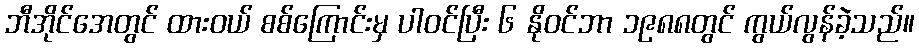
ဘီအိုင်အေတွင် ထားဝယ် စစ်ကြောင်းမှ ပါဝင်ပြီး ၆ နိုဝင်ဘာ ၁၉၈၈တွင် ကွယ်လွန်ခဲ့သည်။